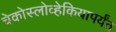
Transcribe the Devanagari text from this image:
चेकोस्लोव्हेकियापर्यंत